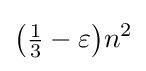
{\bigl (}{\tfrac {1}{3}}-\varepsilon {\bigr )}n^{2}